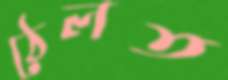
ঠেলত